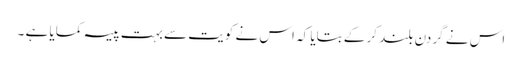
اس نے گردن بلند کر کے بتایا کہ اس نے کویت سے بہت پیسہ کمایا ہے ۔